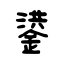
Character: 鍙